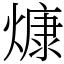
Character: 𤎖